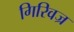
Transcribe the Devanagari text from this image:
गिरिवज्र